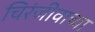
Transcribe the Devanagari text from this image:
चिरंजीवाच्या